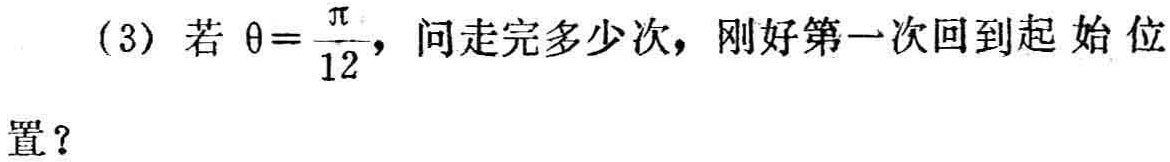
(3) 若 $\theta=\frac{\pi}{12}$，问走完多少次，刚好第一次回到起始位置？